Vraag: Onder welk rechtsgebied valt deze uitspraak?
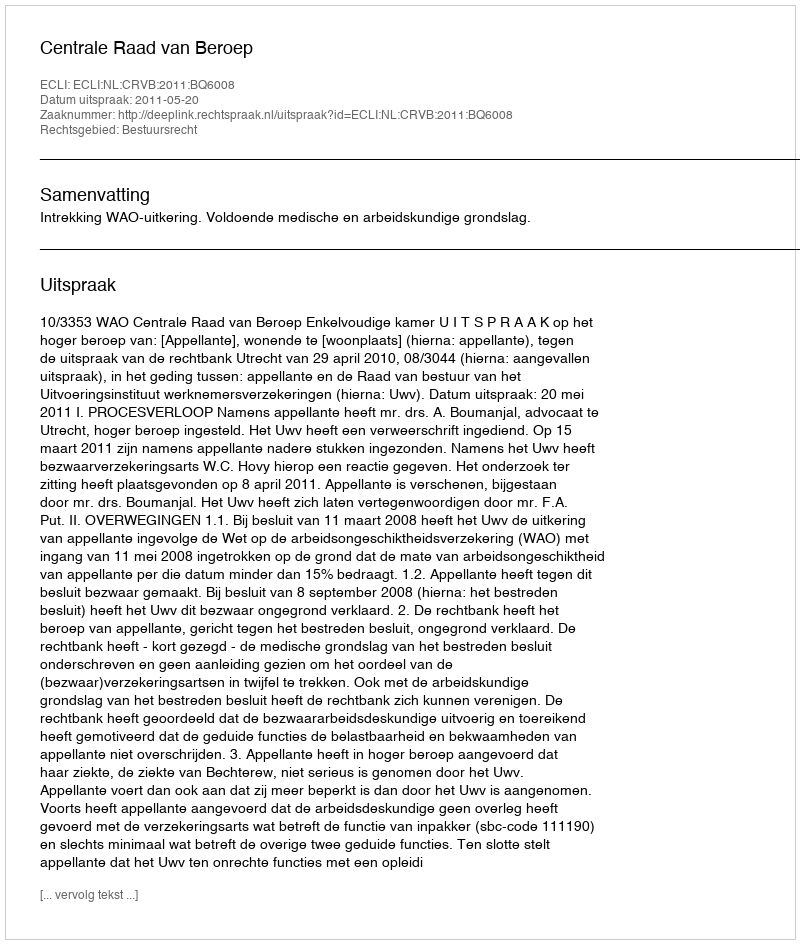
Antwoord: Bestuursrecht